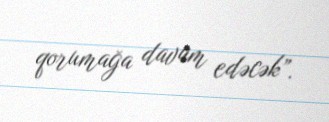
qorumağa davam edəcək”.